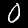
Label: 0